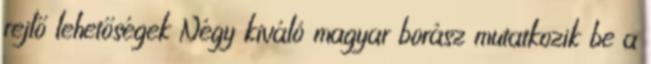
rejlő lehetőségek Négy kiváló magyar borász mutatkozik be a